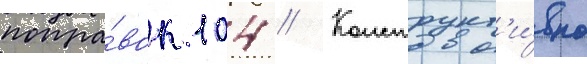
попра́вок 104 // Конструкт'и́вно